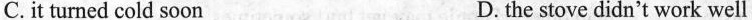
C.it turned cold soon D. the stove didn't work well